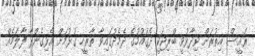
ރައީސް އިތުރަށް ވިދާޅުވީ ބްރިޖަކީ ދެގައުމުގެ ދެމެދުގައިވާ ތާރީހީ ގުޅުމަށް އެޅިގެންދާ ފާލަމެއް